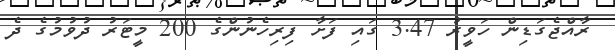
ރާއްޖެގަޑިން ހަވީރު 3.47 ގައި ފަށާ ފިރިހެނުންގެ 200 މީޓަރު ދުވުމުގެ ދެ